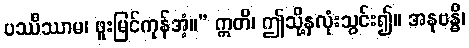
ပဿိဿာမ၊ ဖူးမြင်ကုန်အံ့။” ဣတိ၊ ဤသို့နှလုံးသွင်း၍။ အနုဗန္ဓိ၊